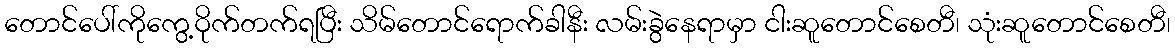
တောင်ပေါ်ကိုကွေ့ဝိုက်တက်ရပြီး သိမ်တောင်ရောက်ခါနီး လမ်းခွဲနေရာမှာ ငါးဆူတောင်စေတီ၊ သုံးဆူတောင်စေတီ၊